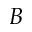
B